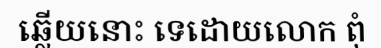
ឆ្លើយនោះ ទេដោយលោក ពុំ